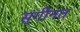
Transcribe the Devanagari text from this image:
स्ंगीनत